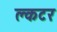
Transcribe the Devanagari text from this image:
क्लटर